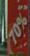
70%